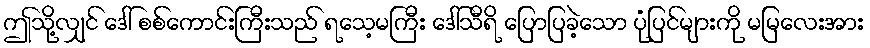
ဤသို့လျှင် ဒေါ် စစ်ကောင်းကြီးသည် ရသေ့မကြီး ဒေါ်သီရိ ပြောပြခဲ့သော ပုံပြင်များကို မမြလေးအား